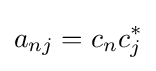
a_{nj}=c_{n}c_{j}^{*}